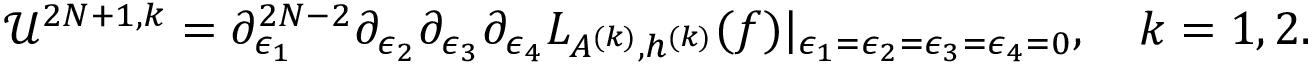
\begin{array} { r } { \mathcal { U } ^ { 2 N + 1 , k } = \partial _ { \epsilon _ { 1 } } ^ { 2 N - 2 } \partial _ { \epsilon _ { 2 } } \partial _ { \epsilon _ { 3 } } \partial _ { \epsilon _ { 4 } } L _ { A ^ { ( k ) } , h ^ { ( k ) } } ( f ) | _ { \epsilon _ { 1 } = \epsilon _ { 2 } = \epsilon _ { 3 } = \epsilon _ { 4 } = 0 } , \quad k = 1 , 2 . } \end{array}